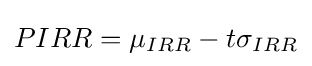
PIRR=\mu _{IRR}-t\sigma _{IRR}